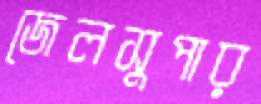
জেলসুপার